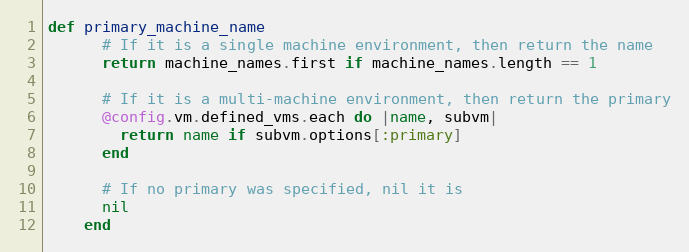
Language: Ruby
def primary_machine_name
      # If it is a single machine environment, then return the name
      return machine_names.first if machine_names.length == 1

      # If it is a multi-machine environment, then return the primary
      @config.vm.defined_vms.each do |name, subvm|
        return name if subvm.options[:primary]
      end

      # If no primary was specified, nil it is
      nil
    end